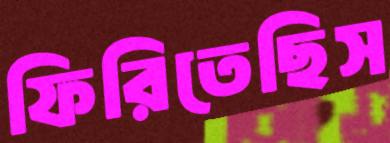
ফিরিতেছিস